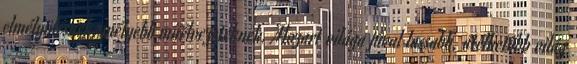
elmélyülésnek, mélyebb műélvezeteknek. Mozart világa jóval lassabb, átélhetőbb világ